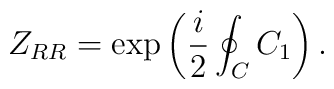
Z_{RR}=\exp\left(\frac{i}{2}\oint_CC_1\right).